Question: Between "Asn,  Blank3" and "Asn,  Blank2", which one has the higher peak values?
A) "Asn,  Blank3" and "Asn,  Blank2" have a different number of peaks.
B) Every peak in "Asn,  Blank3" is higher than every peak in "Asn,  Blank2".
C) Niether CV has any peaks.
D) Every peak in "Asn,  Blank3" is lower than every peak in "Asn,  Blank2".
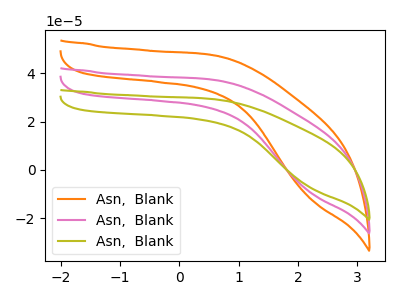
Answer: <think>The orange curve "Asn,  Blank1" has no peaks. The pink curve "Asn,  Blank2" has no peaks. The olive curve "Asn,  Blank3" has no peaks.</think>
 <answer>C) Niether CV has any peaks.</answer>
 <eval>C</eval>